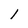
Character: 1